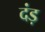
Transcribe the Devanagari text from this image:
दंड़